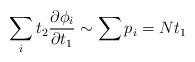
LaTeX: \begin{align*}\sum_{i}t_2{\partial {\phi _i}\over \partial t_1} \sim \sum{p_i} =Nt_1\end{align*}